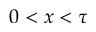
0 < x < \tau